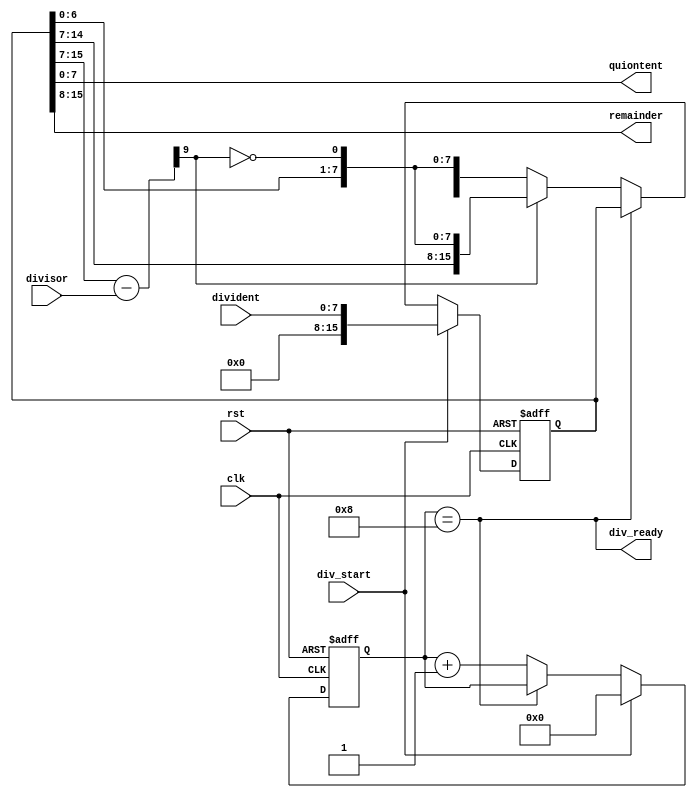
////////////////////////////////////////////////////////////////////////
//	Jul 29 2018
//	Sequential divider
//	by VAL
////////////////////////////////////////////////////////////////////////

module seq_divider(
	clk,
	rst,
	div_start,
	div_ready,
	divident,
	divisor,
	quiontent,
	remainder
	);
	
	parameter N = 8;
	
	input					clk;
	input					rst;
	input					div_start;
	input		[7:0]		divident;
	input		[7:0]		divisor;
	output		[7:0]		quiontent;
	output		[7:0]		remainder;
	output wire				div_ready;
	wire		[8:0]		difference;
	wire					borrov;
	reg			[15:0]		buffer;
	reg			[3:0]		counter;
	
	assign {borrov,difference} = buffer[15:7] - divisor;
	assign div_ready = (counter == 4'b1000);	
	assign remainder = buffer[15:8];
	assign quiontent = buffer[7:0];
	
	always @ (posedge clk or posedge rst)
	begin
		if(rst)
		begin
			buffer 		<= 16'h0000;
		end	
		else 
		begin
			if(div_start) 
			begin
				buffer <= {8'h00,divident};
			end 
			else 
			if(!div_ready)
			begin
				if(!borrov)
				begin
					buffer <= {difference[7:0],buffer[6:0],~borrov};
				end
				else
				begin
					buffer <= {buffer[14:0],~borrov};				
				end
			end
		end
	end
	
	always @ (posedge clk or posedge rst)
	begin
		if(rst)
		begin
			counter	<= 4'b0000;
		end	
		else 
		begin
			if(div_start) 
			begin
				counter <= 4'b0000;
			end 
			else 
			if(!div_ready)
			begin
				counter <= counter + 1;
			end
		end
	end
endmodule